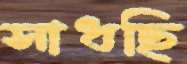
সাধছি